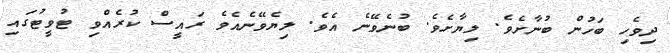
ދިވެހި ބަހުން ބުނާށެވެ. ލިޔާށެވެ. ބުނެވޭނެ އެވެ. ލިޔެވޭނެއެވެ ރައީސް ކުރެއްވި ޓުވީޓުގައި